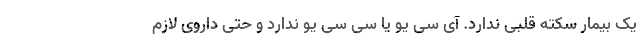
یک بیمار سکته قلبی ندارد. آی سی یو یا سی سی یو ندارد و حتی داروی لازم